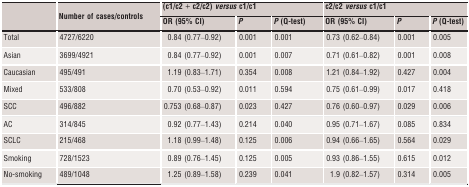
|  | <ROWSPAN=2> Number of cases/controls | <COLSPAN=3> (c1/c2 + c2/c2) versus c1/c1 | <COLSPAN=3> c2/c2 versus c1/c1 |
 |  | OR (95% CI) | P | P (Q-test) | OR (95% CI) | P | P (Q-test) |
 | --- | --- | --- | --- | --- | --- | --- | --- |
 | Total | 4727/6220 | 0.84 (0.77–0.92) | 0.001 | 0.001 | 0.73 (0.62–0.84) | 0.001 | 0.005 |
 | Asian | 3699/4921 | 0.84 (0.77–0.92) | 0.001 | 0.007 | 0.71 (0.61–0.82) | 0.001 | 0.008 |
 | Caucasian | 495/491 | 1.19 (0.83–1.71) | 0.354 | 0.008 | 1.21 (0.84–1.92) | 0.427 | 0.004 |
 | Mixed | 533/808 | 0.70 (0.53–0.92) | 0.011 | 0.594 | 0.75 (0.61–0.99) | 0.017 | 0.418 |
 | SCC | 496/882 | 0.753 (0.68–0.87) | 0.023 | 0.427 | 0.76 (0.60–0.97) | 0.029 | 0.006 |
 | AC | 314/845 | 0.92 (0.77–1.43) | 0.214 | 0.040 | 0.95 (0.71–1.67) | 0.085 | 0.834 |
 | SCLC | 215/468 | 1.18 (0.99–1.48) | 0.125 | 0.006 | 0.94 (0.66–1.65) | 0.564 | 0.029 |
 | Smoking | 728/1523 | 0.89 (0.76–1.45) | 0.125 | 0.005 | 0.93 (0.86–1.55) | 0.615 | 0.012 |
 | No-smoking | 489/1048 | 1.25 (0.89–1.58) | 0.239 | 0.041 | 1.9 (0.82–1.57) | 0.314 | 0.005 |